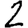
Digit: 2